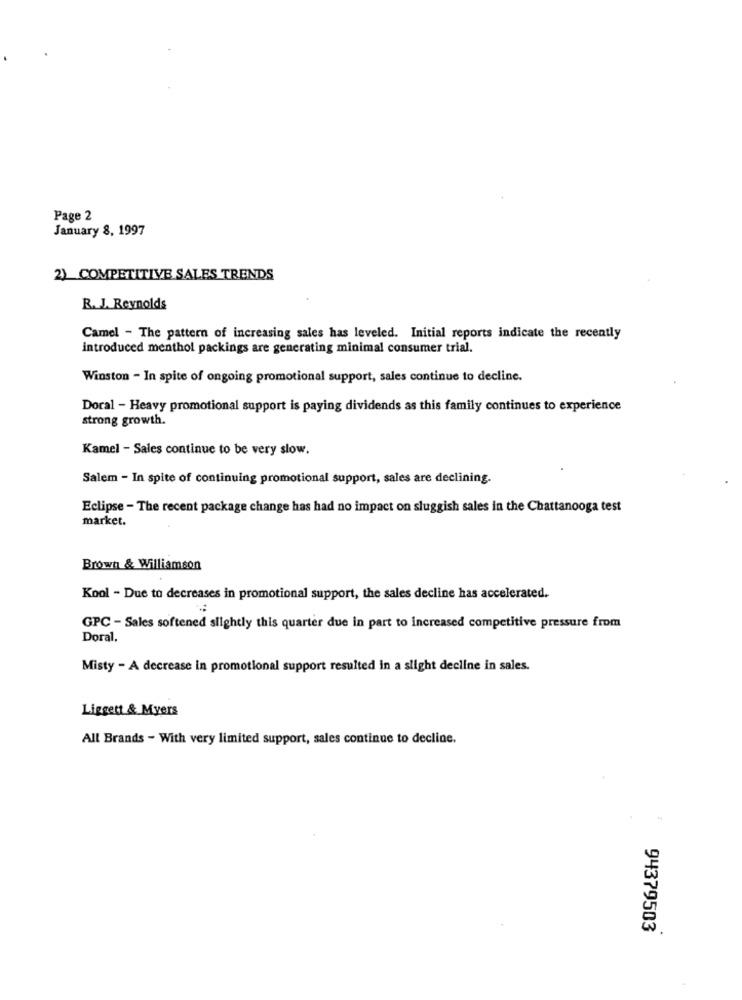
Page 2
January 8, 1997
2) COMPETITIVE SALES TRENDS
R. J. Reynolds
Camel - The pattern of increasing sales has leveled. Initial reports indicate the recently
introduced menthol packings are generating minimal consumer trial.
Winston - In spite of ongoing promotional support, sales continue to decline.
Doral - Heavy promotional support is paying dividends as this family continues to experience
strong growth.
Kamel - Sales continue to be very slow.
Salem - In spite of continuing promotional support, sales are declining.
Eclipse - The recent package change has had no impact on sluggish sales in the Chattanooga test
market.
Brown & Williamson
Kool - Due to decreases in promotional support, the sales decline has accelerated.
GPC - Sales softened slightly this quarter due in part to increased competitive pressure from
Doral,
Misty - A decrease in promotional support resulted in a slight decline in sales.
Liggett & Myers
All Brands - With very limited support, sales continue to decline.
94379503